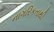
નાગરિકતાથી